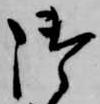
御